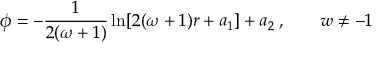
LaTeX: \phi = - \frac { 1 } { 2 ( \omega + 1 ) } \ln [ 2 ( \omega + 1 ) r + a _ { 1 } ] + a _ { 2 } \: , \quad \quad w \neq - 1